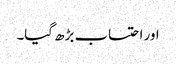
اور احتساب بڑھ گیا۔